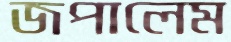
জপালেম